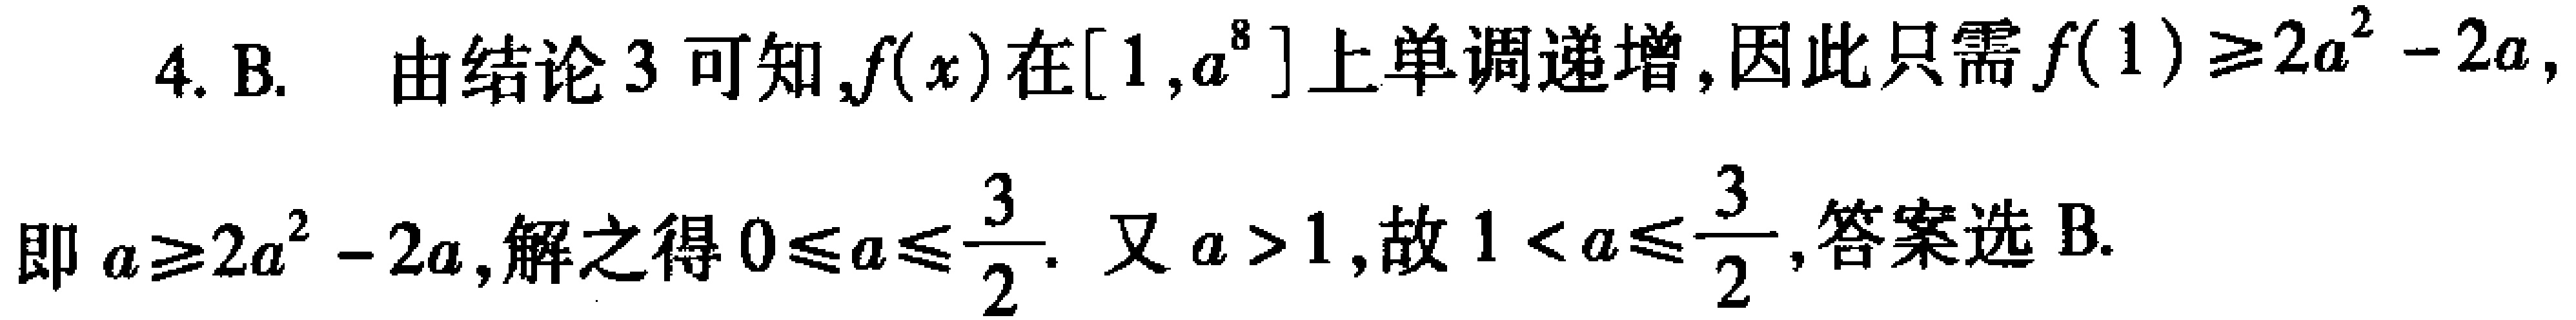
4. B. 由结论 3 可知,$f(x)$在$[1,a^{8}]$上单调递增,因此只需$f(1)\geq2a^{2}-2a$,即$a\geq2a^{2}-2a$,解之得$0\leq a\leq\frac{3}{2}$. 又$a > 1$,故$1 < a\leq\frac{3}{2}$,答案选 B.